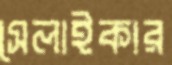
সেলাইকার